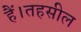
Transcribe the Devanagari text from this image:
हैं।तहसील